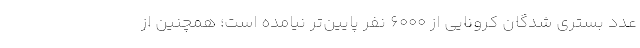
عدد بستری شدگان کرونایی از ۶۰۰۰ نفر پایین‌تر نیامده است؛ همچنین از